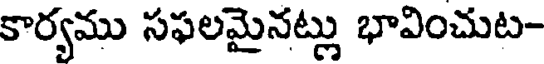
కార్యము సఫలమైనట్లు భావించుట-